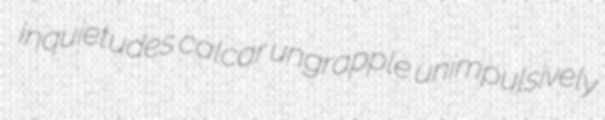
inquietudes calcar ungrapple unimpulsively